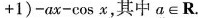
$$ +1) - ax - cos x$$，其中$$a ∈ R$$。